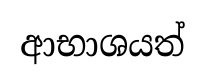
ආභාශයත්